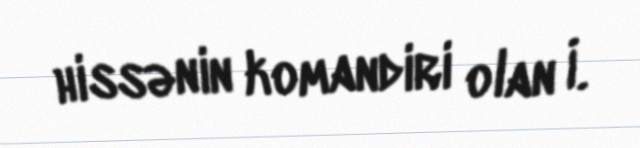
hissənin komandiri olan İ.